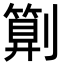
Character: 㔍